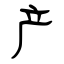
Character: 产